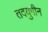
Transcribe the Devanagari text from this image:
तदयुगीन